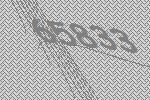
65833